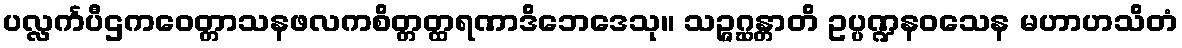
ပလ္လင်္ကပီဌကဝေတ္တာသနဖလကစိတ္တတ္ထရဏာဒိဘေဒေသု။ သဉ္ဇဂ္ဃန္တာတိ ဥပ္ပဏ္ဍနဝသေန မဟာဟသိတံ